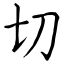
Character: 切